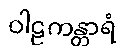
ဝါဠကန္တာရံ